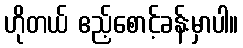
ဟိုတယ် ဧည့်စောင့်ခန်းမှာပါ။